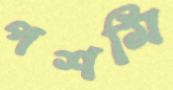
পশমি